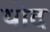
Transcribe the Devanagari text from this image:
योद